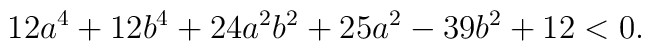
12a^4+12b^4+24a^2b^2+25a^2-39b^2+12 < 0.